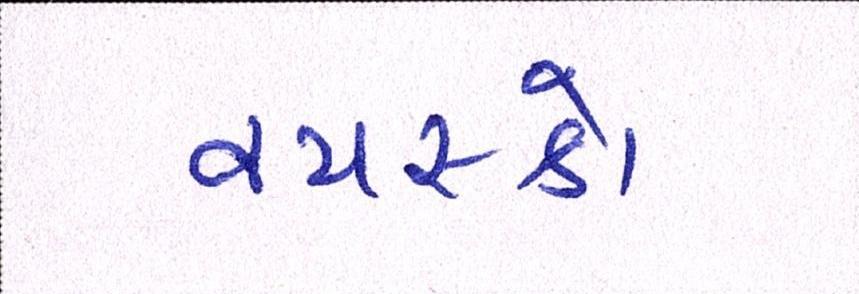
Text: વયસ્કો